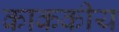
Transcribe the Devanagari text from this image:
काककीय